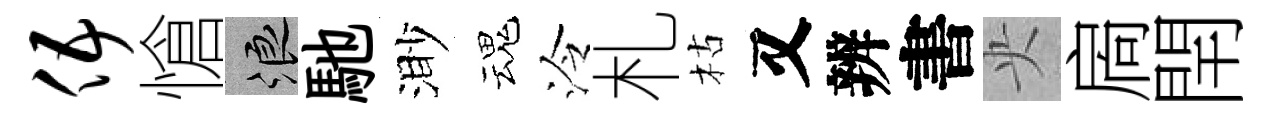
伍愴浪馳渺魂泠札枯又辨書央扄閈